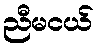
ညီမငယ်